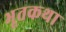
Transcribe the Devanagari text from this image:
भूतकथा